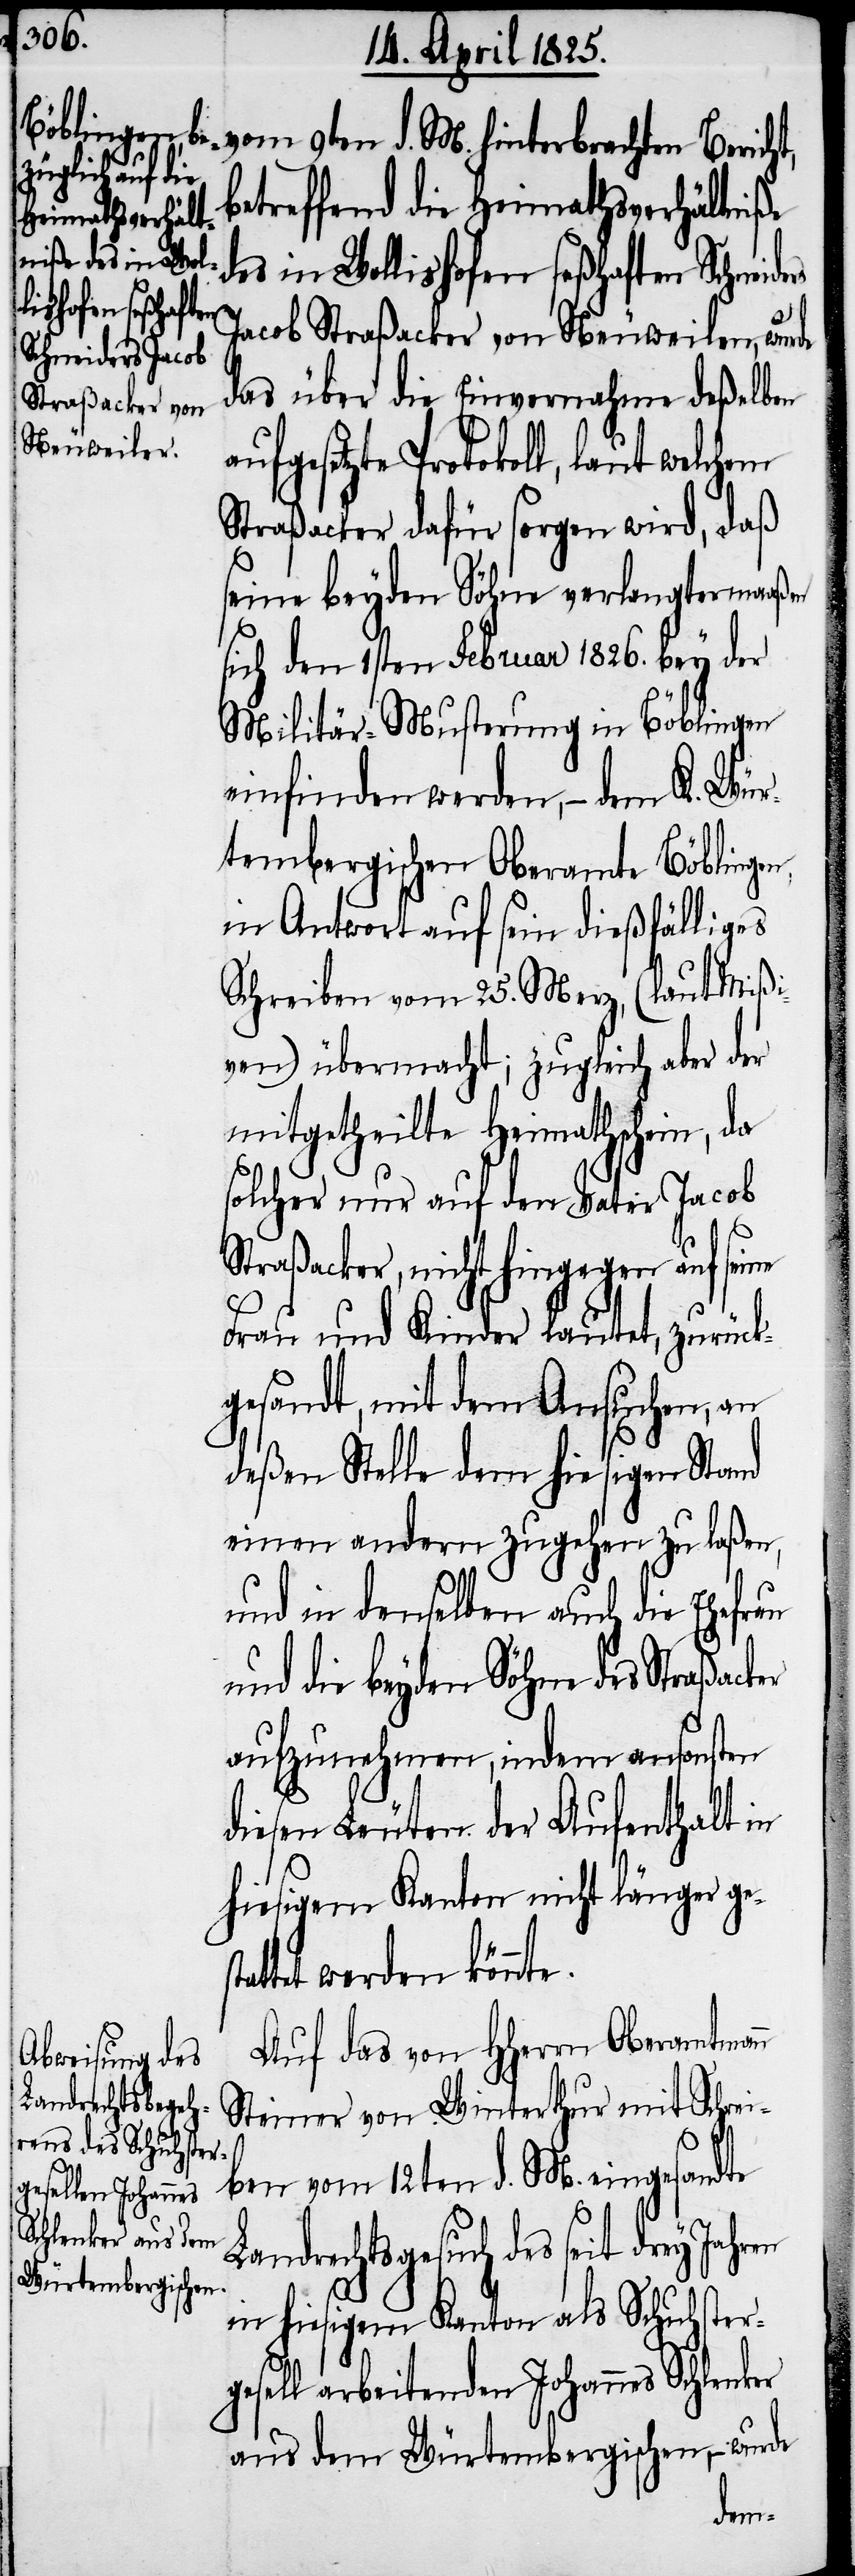
betreffend die Heimathsverhältniße
des in Wollishofen seßhaften Schnei¬
Jacob Straßacker von Neuweilen, wurde
das über die Einvernahme deßelben
aufgesetzte Protokoll, laut welchem
Straßacker dafür sorgen wird, daß
seine beyden Söhne verlangtermaaßen
sich den 1sten Februar 1826. bey der
Militär-Musterung in Böblingen
einfinden werden, − dem K. Wür¬
tembergischen Oberamte Böblingen,
in Antwort auf sein dießfälliges
Schreiben vom 25. Merz, (laut Mißi¬
ven) übermacht; zugleich aber der
mitgetheilte Heimathschein, da
solcher nur auf den Vater Jacob
Straßacker, nicht hingegen auf seine
Frau und Kinder lautet, zurück¬
gesandt, mit dem Ansuchen, an
deßen Stelle dem hiesigen Stand
einen andern zugehen zu laßen,
und in denselben auch die Ehefrau
und die beyden Söhne des Straßacker
aufzunehmen, indem ansonsten
diesen Leuten der Aufenthalt in
hiesigem Kanton nicht länger ge¬
ttet werden könnte.
Auf das von HHerrn Oberamtmann
Steiner von Winterthur mit Schrei¬
ben vom 12ten d. M. eingesandte
Landrechtsgesuch des seit drey Jahr¬
in hiesigem Kanton als Schuhster¬
gesell arbeitenden Johannes Schlenker
aus dem Würtembergischen, − wurde
en